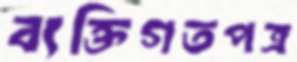
ব্যক্তিগতপত্র